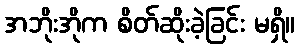
အဘိုးအိုက စိတ်ဆိုးခဲ့ခြင်း မရှိ။